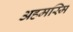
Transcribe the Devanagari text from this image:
अहमस्मि